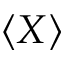
\left< X \right>